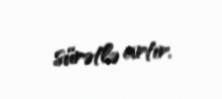
sürətlə artır.